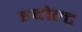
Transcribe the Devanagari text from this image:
हबोल्ट